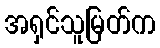
အရှင်သူမြတ်က